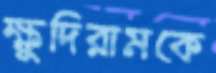
ক্ষুদিরামকে